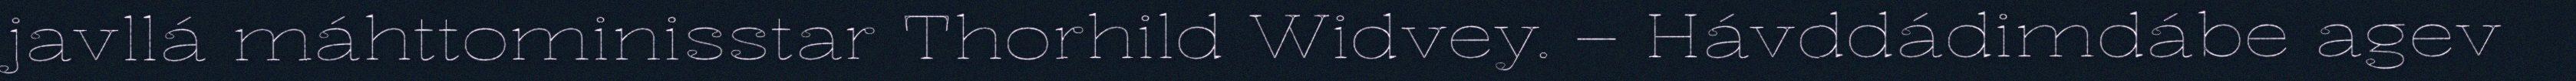
javllá máhttominisstar Thorhild Widvey. – Hávddádimdábe agev